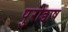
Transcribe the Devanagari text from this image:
पुरोडाष